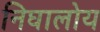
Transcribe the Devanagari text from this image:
निघालोय